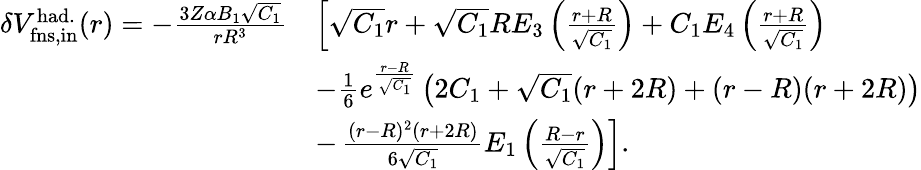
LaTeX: \begin{array}{rl}{\delta V_{\mathrm{fns,in}}^{\mathrm{had.}}(r)=-\frac{3Z\alpha B_{1}\sqrt{C_{1}}}{rR^{3}}}&{\left[\sqrt{C_{1}}r+\sqrt{C_{1}}RE_{3}\left(\frac{r+R}{\sqrt{C_{1}}}\right)+C_{1}E_{4}\left(\frac{r+R}{\sqrt{C_{1}}}\right)\right.}\\ &{-\frac{1}{6}e^{\frac{r-R}{\sqrt{C_{1}}}}\left(2C_{1}+\sqrt{C_{1}}(r+2R)+(r-R)(r+2R)\right)}\\ &{-\left.\frac{(r-R)^{2}(r+2R)}{6\sqrt{C_{1}}}E_{1}\left(\frac{R-r}{\sqrt{C_{1}}}\right)\right].}\end{array}